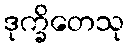
ဒုက္ခိတေသု